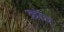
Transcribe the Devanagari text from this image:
क्रॉच